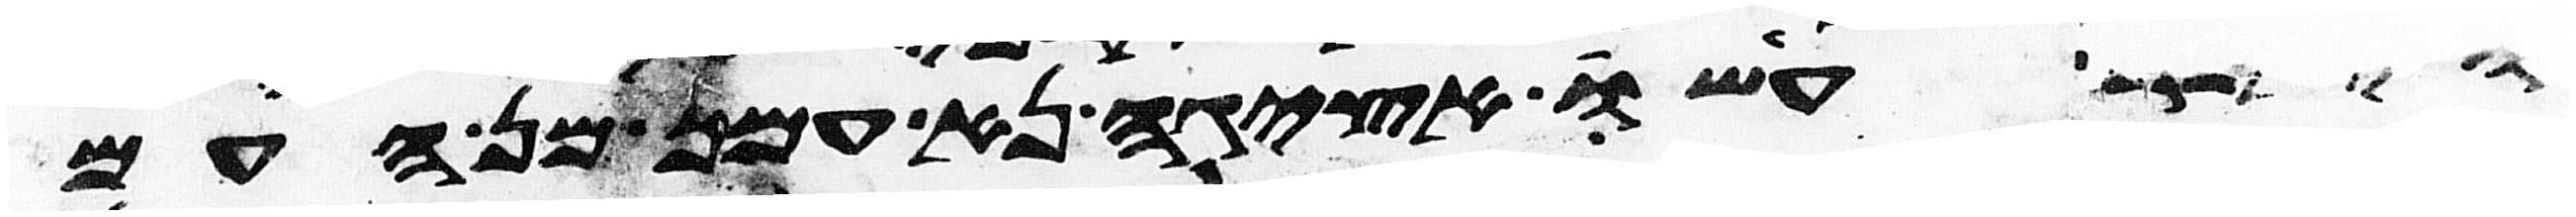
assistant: עשו אציגה נא עמך מן העם